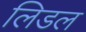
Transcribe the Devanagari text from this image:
लिडल